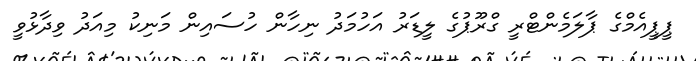
ޕީޕީއެމްގެ ޕާލަމެންޓްރީ ގްރޫޕުގެ ލީޑަރު އަހުމަދު ނިހާން ހުސައިން މަނިކު މިއަދު ވިދާޅުވީ